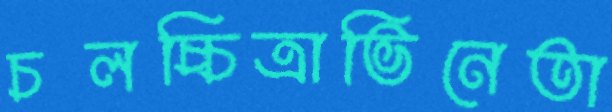
চলচ্চিত্রাভিনেতা